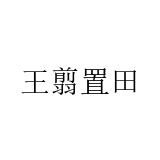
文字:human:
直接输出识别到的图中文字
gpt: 王翦置田